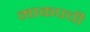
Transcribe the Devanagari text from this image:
माकपची